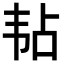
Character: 𬰳